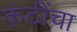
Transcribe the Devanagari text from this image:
कंठींचा